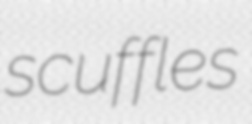
scuffles